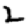
Digit: 2